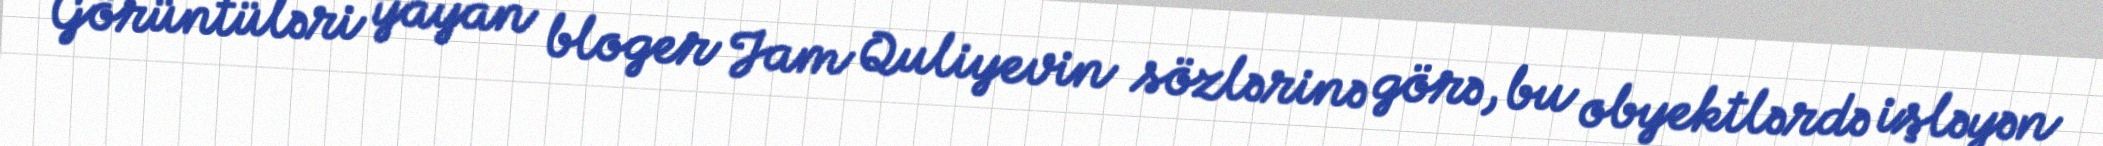
Görüntüləri yayan bloger Jam Quliyevin sözlərinə görə, bu obyektlərdə işləyən